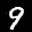
Label: 9